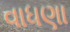
વાધણા